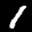
Label: 1